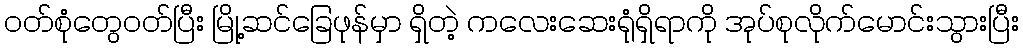
ဝတ်စုံတွေဝတ်ပြီး မြို့ဆင်ခြေဖုန်မှာ ရှိတဲ့ ကလေးဆေးရုံရှိရာကို အုပ်စုလိုက်မောင်းသွားပြီး